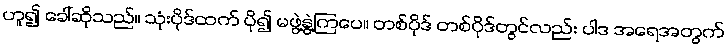
ဟူ၍ ခေါ်ဆိုသည်။ သုံးပိုဒ်ထက် ပို၍ မဖွဲ့နွဲ့ကြပေ။ တစ်ပိုဒ် တစ်ပိုဒ်တွင်လည်း ပါဒ အရေအတွက်